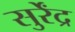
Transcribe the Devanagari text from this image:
सुर्रेंद्र